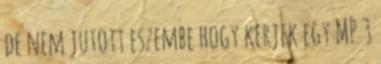
de nem jutott eszembe hogy kerjek egy MP 3